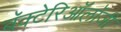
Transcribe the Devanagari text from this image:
बॅक्टेरिऑलॉजी